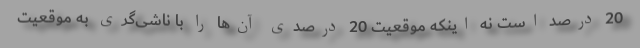
20 درصد است نه اینکه موقعیت 20 درصدی آن‌ها را با ناشی‌گری به موقعیت